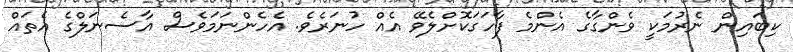
ކިބައިން ނެރުމަކީ ވެންގާގެ އެންމެ ފާހަގަކޮށްލެވޭ އެއް ހުނަރެވެ. އެހެންނަމަވެސް އާސެނަލްގެ އެތައް